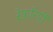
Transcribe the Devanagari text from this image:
रेफ़रियों